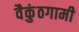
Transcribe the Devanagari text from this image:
वैकुंठगामी